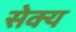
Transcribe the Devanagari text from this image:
सेक्य